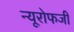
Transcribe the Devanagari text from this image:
न्यूरोफजी